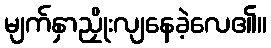
မျက်နှာညှိုးလျနေခဲ့လေ၏။